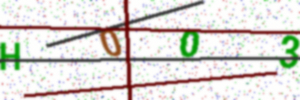
Text: H003